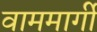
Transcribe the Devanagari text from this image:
वाममार्गी